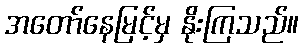
အတော်နေမြင့်မှ နိုးကြသည်။